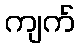
ကျက်